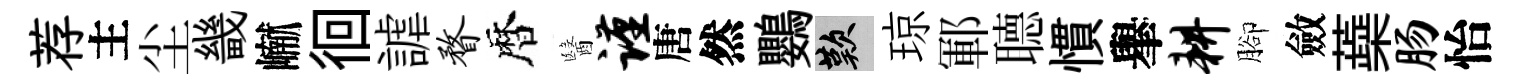
荐主尘畿𪩘徊謔瞀暦醫谨唐然鸚嘆琼鄆𦗟慣𦦙耕腳斂蘃肠怡